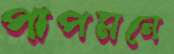
পাপমনে